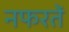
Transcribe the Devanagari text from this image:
नफरतें